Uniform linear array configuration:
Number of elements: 16
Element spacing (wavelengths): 1
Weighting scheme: cosine
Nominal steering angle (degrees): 30
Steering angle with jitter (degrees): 30.183
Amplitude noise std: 0.05
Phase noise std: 0.05

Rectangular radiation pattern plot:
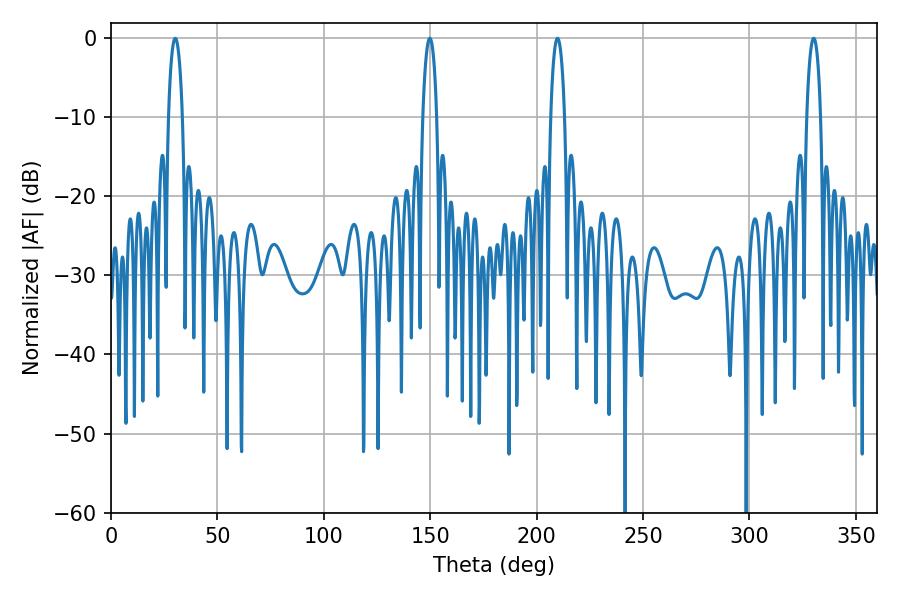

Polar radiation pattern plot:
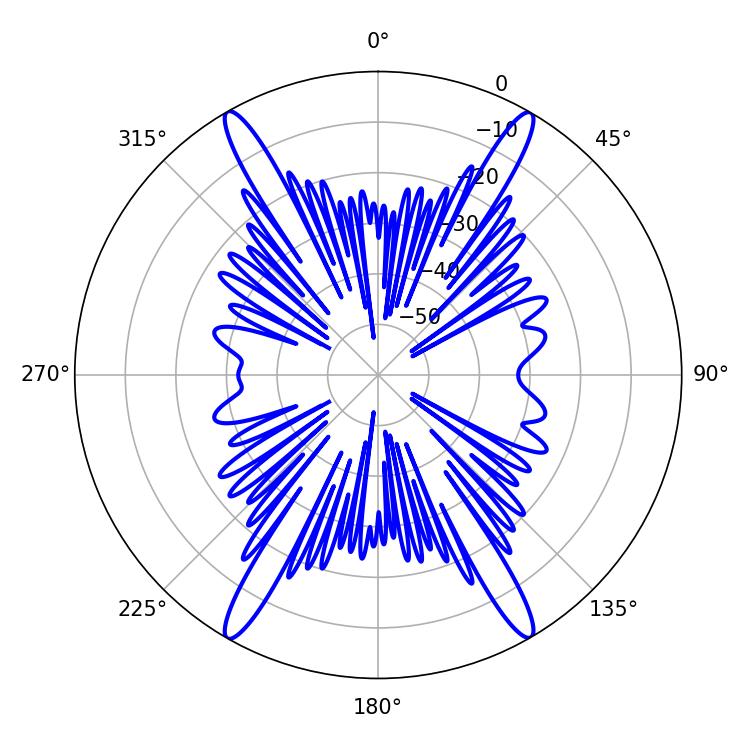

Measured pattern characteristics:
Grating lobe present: TRUE
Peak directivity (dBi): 30.755
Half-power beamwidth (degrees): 3.6
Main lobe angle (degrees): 30.24